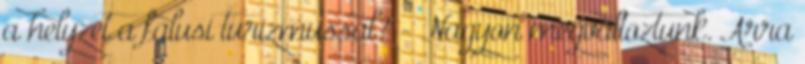
a helyzet a falusi turizmussal? - Nagyon megváltoztunk. Arra